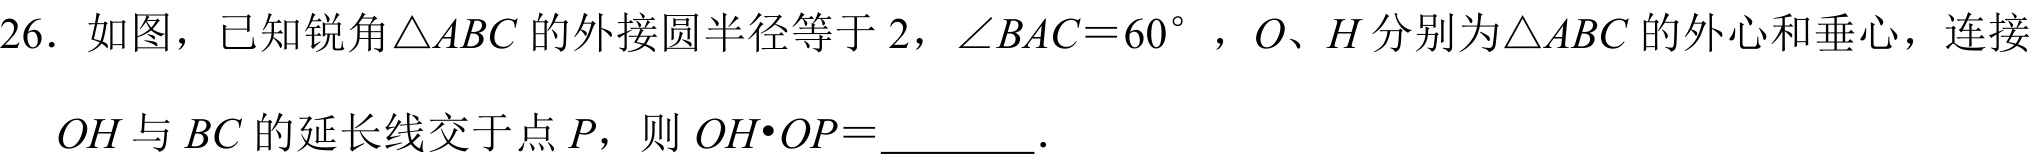
26. 如图，已知锐角\(\triangle ABC\)的外接圆半径等于\(2\)，\(\angle BAC = 60^{\circ}\) ，\(O\)、\(H\)分别为\(\triangle ABC\)的外心和垂心，连接\(OH\)与\(BC\)的延长线交于点\(P\)，则 \(OH\cdot OP=\)  ．